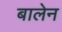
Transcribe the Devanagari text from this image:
बालेन